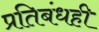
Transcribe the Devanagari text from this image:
प्रतिबंधही